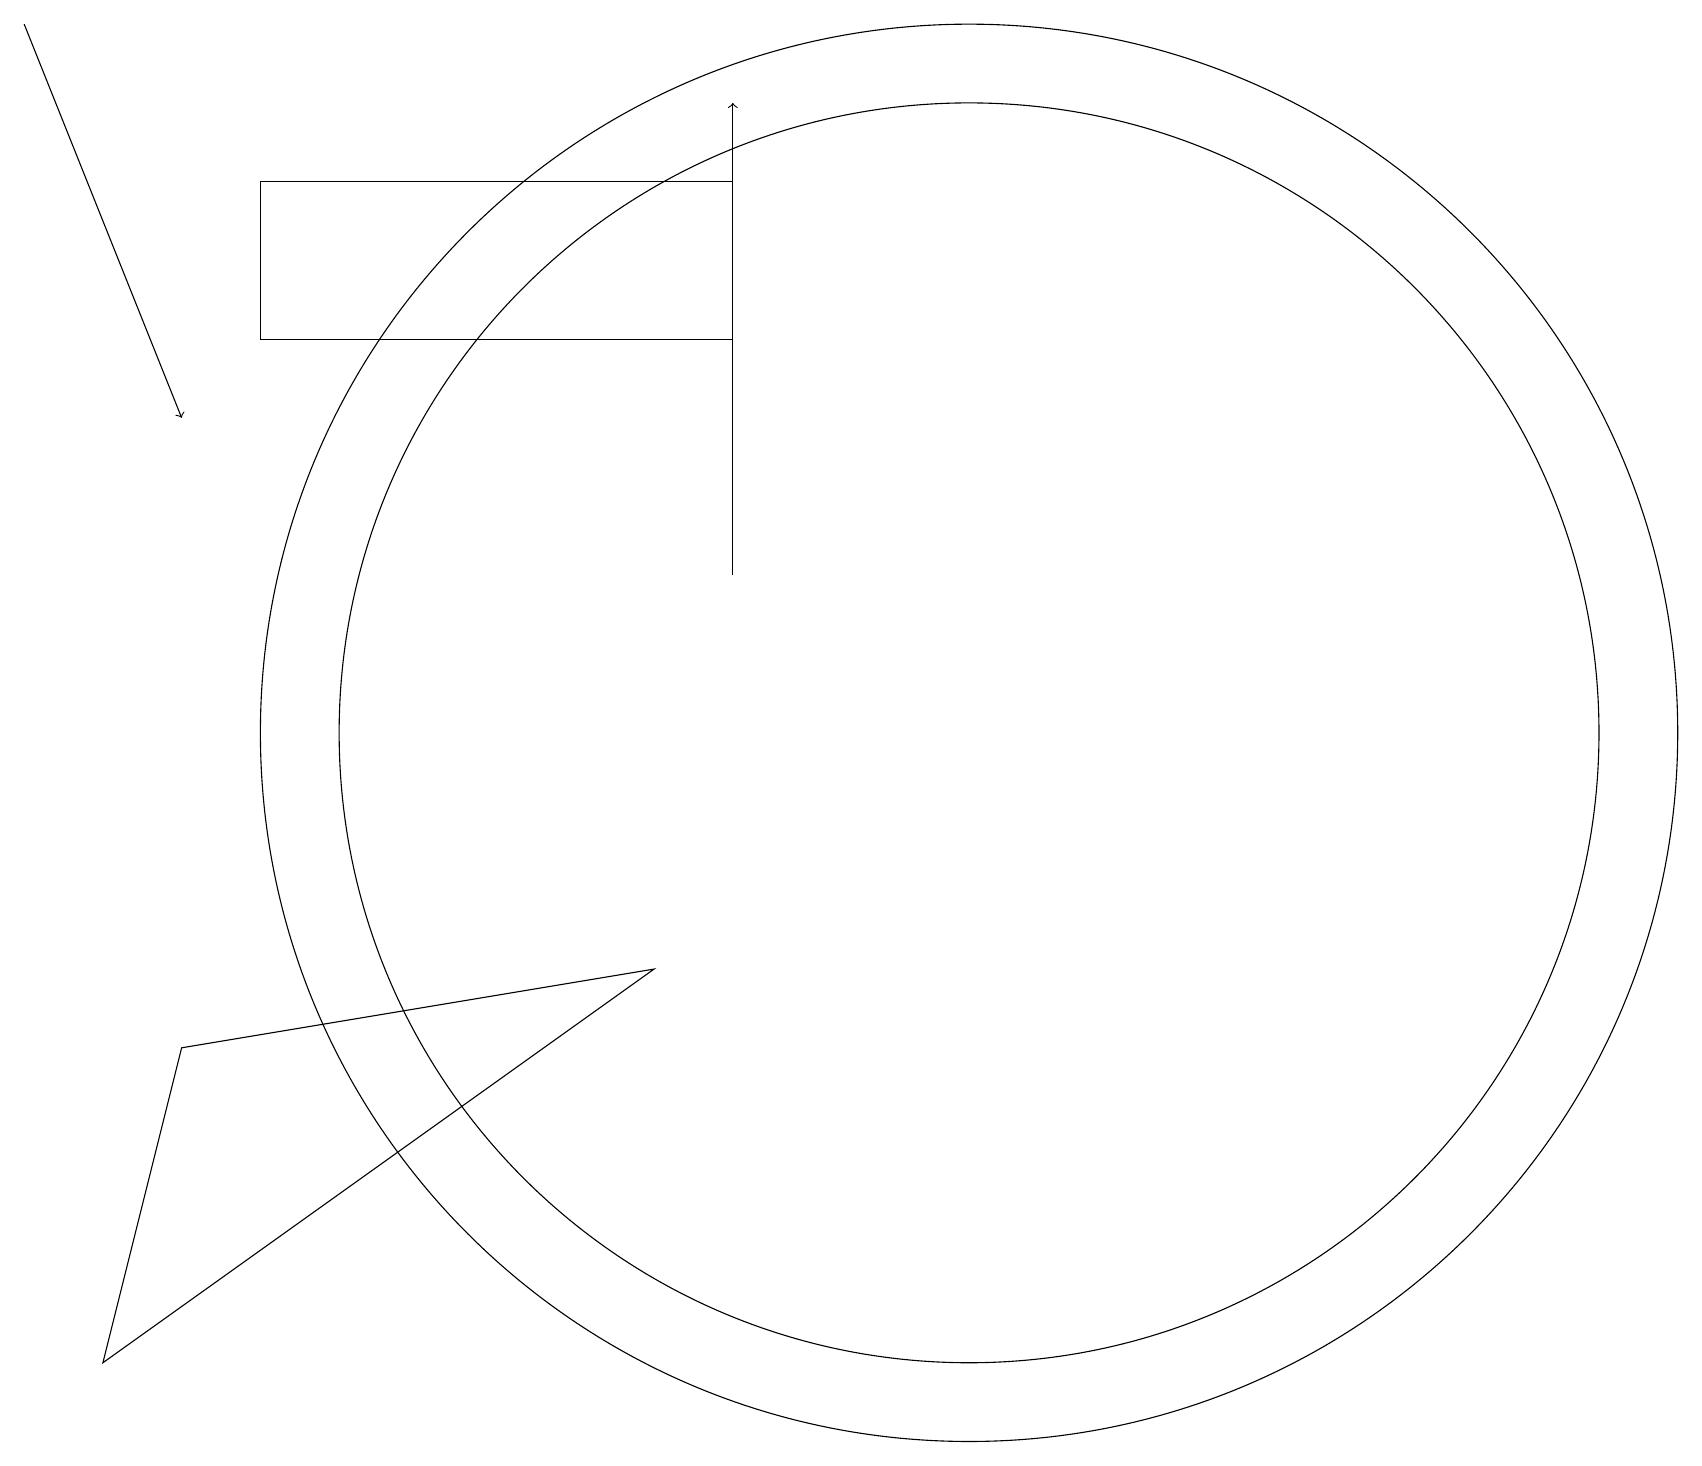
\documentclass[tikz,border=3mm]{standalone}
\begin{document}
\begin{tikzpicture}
\draw[->] (9,12) -- (9,18);
\draw (10,10) circle (0);
\draw (12,10) circle (9);
\draw (1,2) -- (2,6) -- (8,7) -- cycle;
\draw (3,15) rectangle (9,17);
\draw[->] (0,19) -- (2,14);
\draw (10,12) circle (0);
\draw (12,10) circle (8);
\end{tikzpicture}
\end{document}